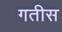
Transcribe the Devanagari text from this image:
गतीस